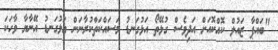
"ބައްޕާ ޒައުލް ކޮއްކޮއަށް އަދިވެސް ގުޅޭތޯ އަޅުގަނޑު މަސައްކަތްކުރާނަން އަޅުގަނޑު އޭނާޔާ ވާހަކަ